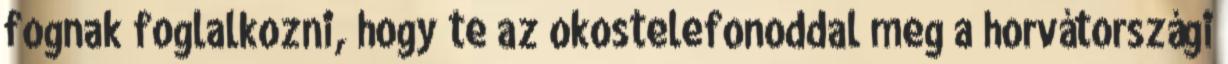
fognak foglalkozni, hogy te az okostelefonoddal meg a horvátországi